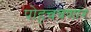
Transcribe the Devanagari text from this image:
पोहचवणार